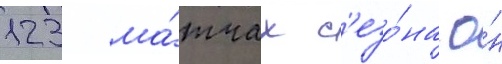
123 ма́тчах с'езо́на о́н